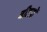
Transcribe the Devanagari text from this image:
बीहडों